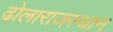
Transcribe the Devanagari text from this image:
ढोलाराजस्थान